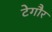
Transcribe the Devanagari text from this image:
टेगौर